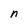
Character: n